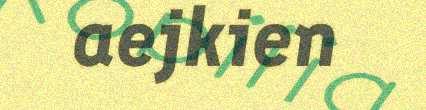
aejkien